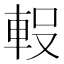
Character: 𮝇